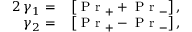
\begin{array} { r l } { 2 \, \gamma _ { 1 } = } & { { } \left[ \mathrm { ~ P ~ r ~ } _ { + } + \mathrm { ~ P ~ r ~ } _ { - } \right] , } \\ { \gamma _ { 2 } = } & { { } \left[ \mathrm { ~ P ~ r ~ } _ { + } - \mathrm { ~ P ~ r ~ } _ { - } \right] , } \end{array}